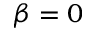
\beta = 0